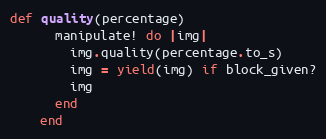
Language: Ruby
def quality(percentage)
      manipulate! do |img|
        img.quality(percentage.to_s)
        img = yield(img) if block_given?
        img
      end
    end